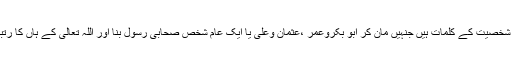
یہ اس شخصیت کے کلمات ہیں جنہیں مان کر ابو بکروعمر ،عثمان وعلی یا ایک عام شخص صحابی رسول بنا اور اللہ تعالیٰ کے ہاں کا رتبہ پایا ۔